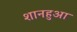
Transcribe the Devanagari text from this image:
शानहुआ